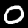
Digit: 0